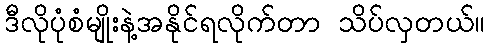
ဒီလိုပုံစံမျိုးနဲ့အနိုင်ရလိုက်တာ သိပ်လှတယ်။